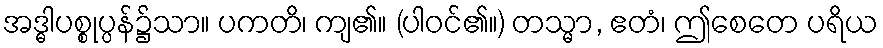
အဒ္ဓါပစ္စုပ္ပန်၌သာ။ ပကတိ၊ ကျ၏။ (ပါဝင်၏။) တသ္မာ, ဧတံ၊ ဤစေတေ ပရိယ